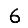
Digit: 6